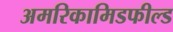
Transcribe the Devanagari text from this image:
अमरिकामिडफील्‍ड